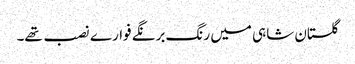
گلستان شاہی میں رنگ برنگے فوارے نصب تھے۔